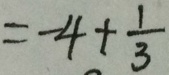
= - 4 + \frac { 1 } { 3 }